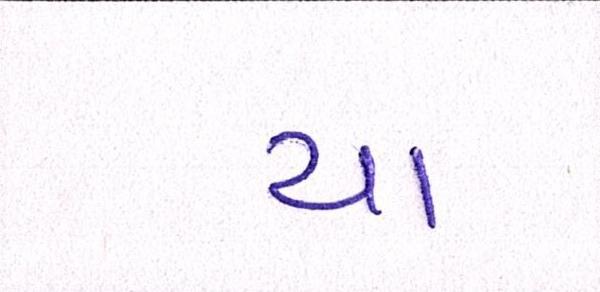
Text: યા